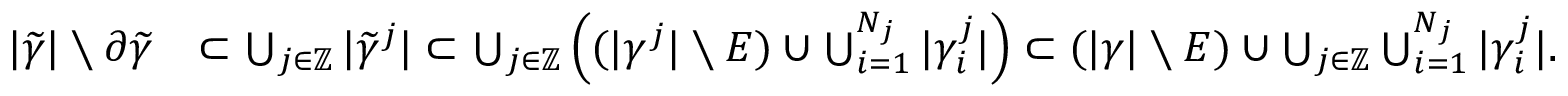
\begin{array} { r l } { | \widetilde \gamma | \setminus \partial \widetilde \gamma } & { \subset \bigcup _ { j \in \mathbb Z } | \widetilde \gamma ^ { j } | \subset \bigcup _ { j \in \mathbb Z } \left( ( | \gamma ^ { j } | \setminus E ) \cup \bigcup _ { i = 1 } ^ { N _ { j } } | \gamma _ { i } ^ { j } | \right) \subset ( | \gamma | \setminus E ) \cup \bigcup _ { j \in \mathbb Z } \bigcup _ { i = 1 } ^ { N _ { j } } | \gamma _ { i } ^ { j } | . } \end{array}